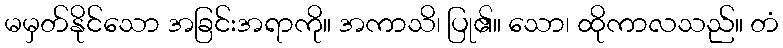
မမှတ်နိုင်သော အခြင်းအရာကို။ အကာသိ၊ ပြု၏။ သော၊ ထိုကာလသည်။ တံ